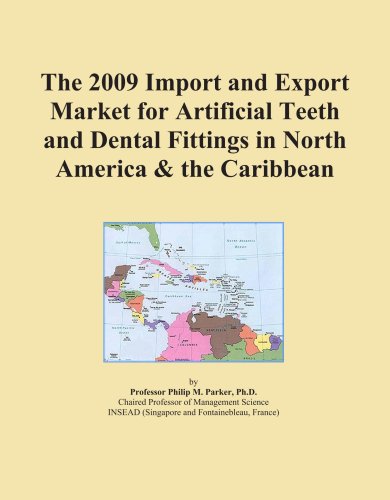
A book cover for The 2009 Import and Export Market for Artificial Teeth and Dental Fittings in North America & the Caribbean; Icon Group; Medical Books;